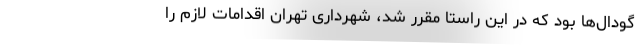
گودال‌ها بود که در این راستا مقرر شد، شهرداری تهران اقدامات لازم را